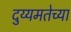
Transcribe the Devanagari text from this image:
दुय्यमतेच्या